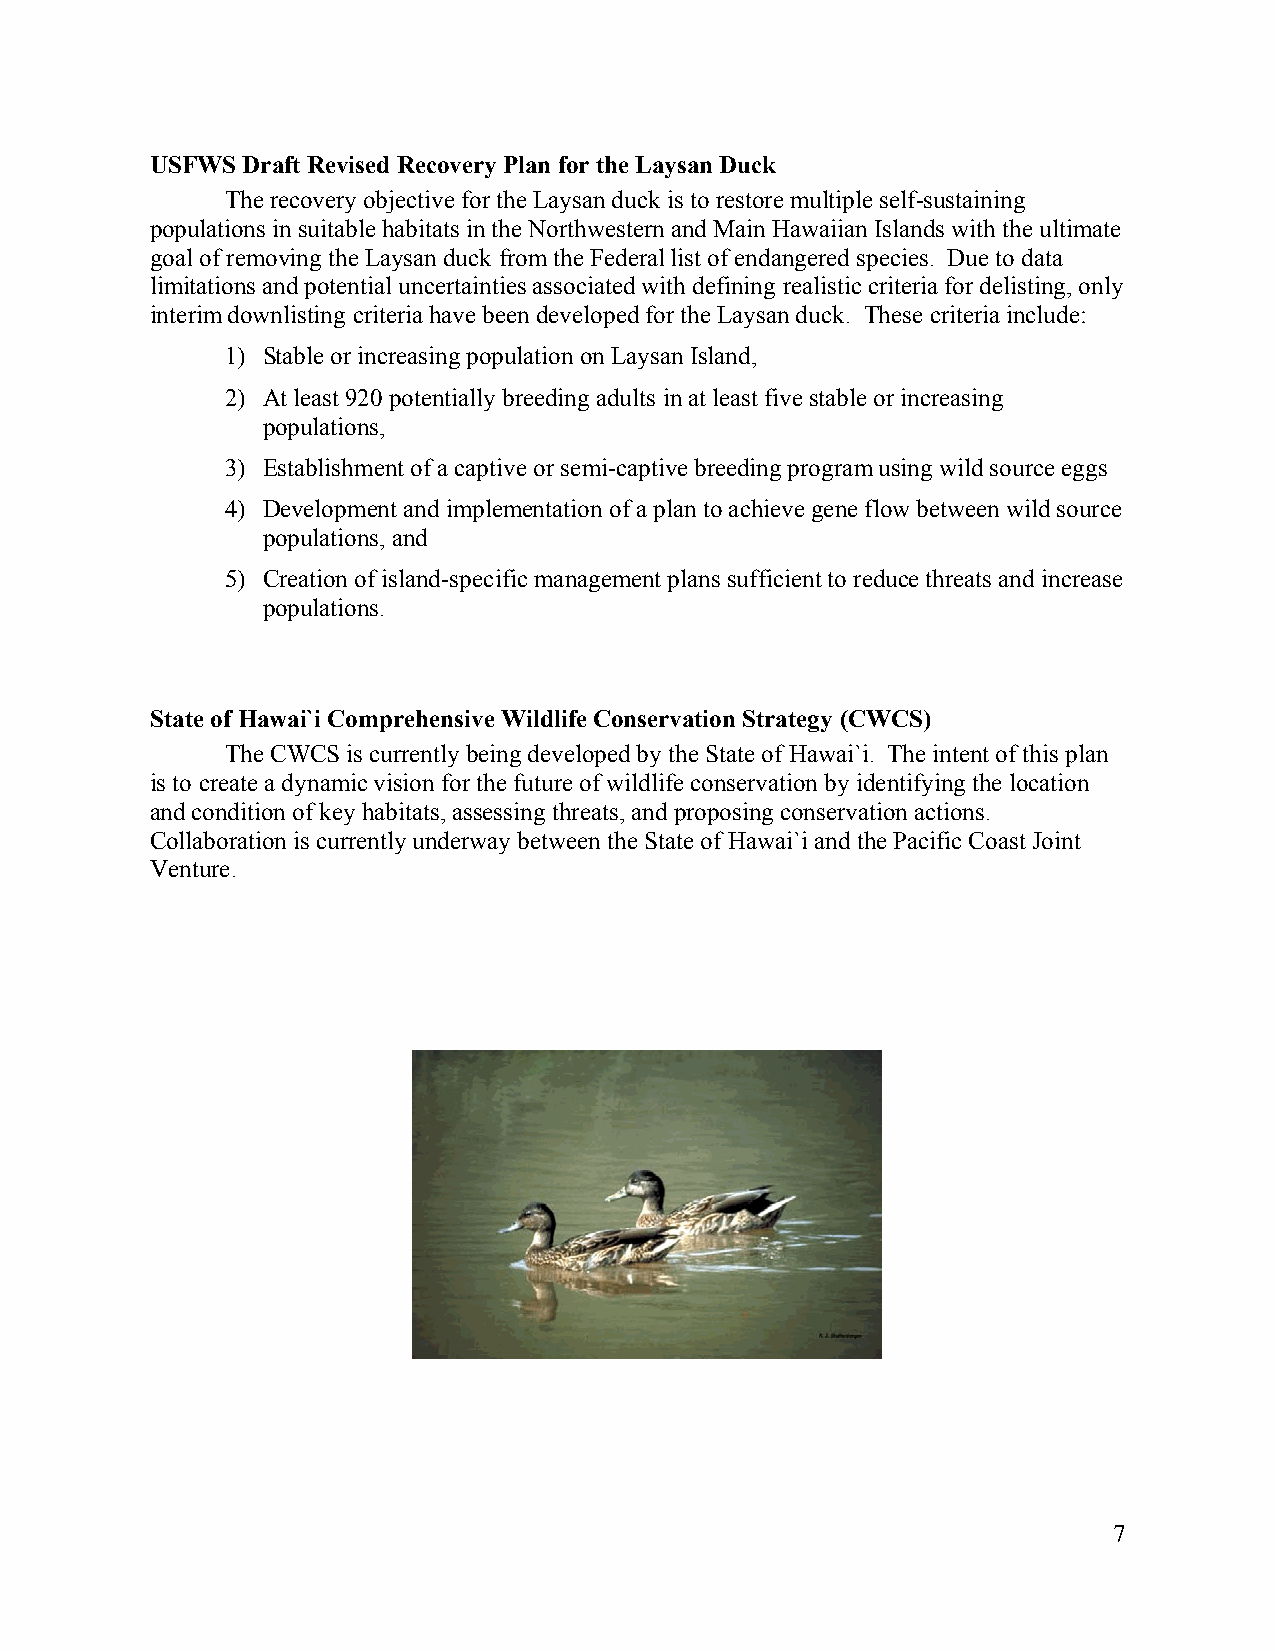
USFWS Draft Revised Recovery Plan for the Laysan Duck
 The recovery objective for the Laysan duck is to restore multiple self-sustaining
 populations in suitable habitats in the Northwestern and Main Hawaiian Islands with the ultimate
 goal of removing the Laysan duck from the Federal list of endangered species. Due to data
 limitations and potential uncertainties associated with defining realistic criteria for delisting, only
 interim downlisting criteria have been developed for the Laysan duck. These criteria include:
 1) Stable or increasing population on Laysan Island,
 2) At least 920 potentially breeding adults in at least five stable or increasing
 populations,
 3) Establishment of a captive or semi-captive breeding program using wild source eggs
 4) Development and implementation of a plan to achieve gene flow between wild source
 populations, and
 5) Creation of island-specific management plans sufficient to reduce threats and increase
 populations.
 State of Hawai`i Comprehensive Wildlife Conservation Strategy (CWCS)
 The CWCS is currently being developed by the State of Hawai`i. The intent of this plan
 is to create a dynamic vision for the future of wildlife conservation by identifying the location
 and condition of key habitats, assessing threats, and proposing conservation actions.
 Collaboration is currently underway between the State of Hawai`i and the Pacific Coast Joint
 Venture.
 7